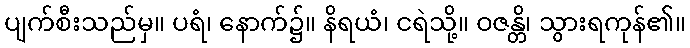
ပျက်စီးသည်မှ။ ပရံ၊ နောက်၌။ နိရယံ၊ ငရဲသို့။ ဝဇန္တိ၊ သွားရကုန်၏။